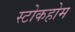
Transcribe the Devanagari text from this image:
स्टोकहोम